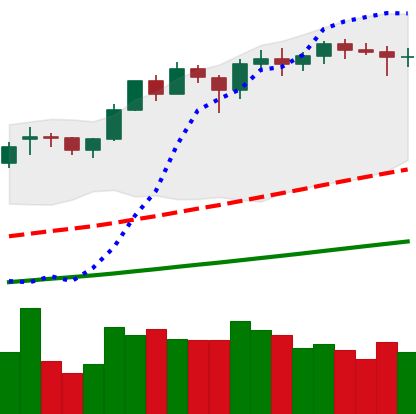
Ticker: ETH-USD
Chart end date: 2021-02-16
Forward return: 8.677%
Label: up_7plus